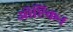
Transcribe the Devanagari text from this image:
ऑप्टिकन